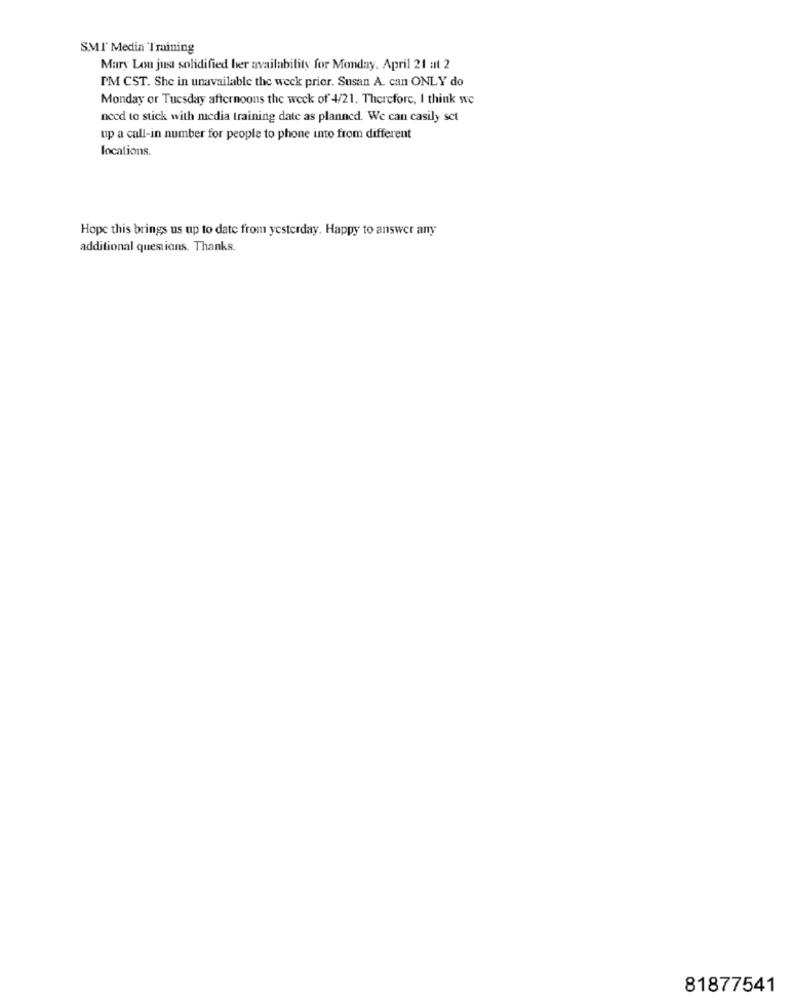
SMI' Media Training
Mary Lou just solidified her availability for Monday, April 21 at 2
PM CST. She in unavailable the weck prier. Susan A. can ONLY do
Monday or Tuesday afternoons the week of 4/21. Therefore, I think we
need to stick with media training date as planned. We can casily set
up a call-in number for people to phone into from different
locations.
Hope this brings us up to date from yesterday. Happy to answer any
additional questions. Thanks.
81877541